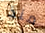
منذ